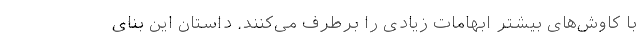
با کاوش‌های بیشتر ابهامات زیادی را برطرف می‌کنند. داستان این بنای